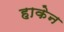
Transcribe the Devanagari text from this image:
हाकेन